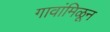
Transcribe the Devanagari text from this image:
गावांमिळून